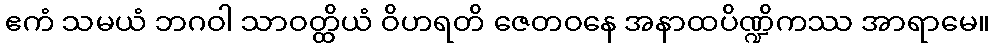
ဧကံ သမယံ ဘဂဝါ သာဝတ္ထိယံ ဝိဟရတိ ဇေတဝနေ အနာထပိဏ္ဍိကဿ အာရာမေ။